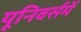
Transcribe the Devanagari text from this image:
यूनिवर्समें